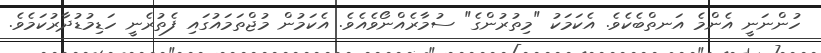
ހުންނަނީ އެންމެ އަނތްބެކެވެ. އެކަމަކު "މިތުރުންގެ" ސުމާރެއްނޯވެއެވެ. އެކަމުން މުޖްތަމައުގައި ފެތުރެނީ ހަޑިމުޑުދާރުކަމެވެ.